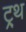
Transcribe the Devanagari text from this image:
ट्र्थ